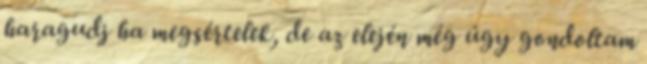
haragudj ha megsértelek, de az elején még úgy gondoltam